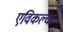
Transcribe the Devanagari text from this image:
एविकल्चर